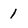
Character: 1